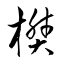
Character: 樊